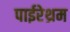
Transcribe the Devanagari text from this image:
पाईरेथ्रम